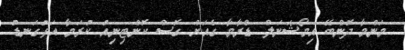
މަންމާ ދޮންބޭ އިމޯޝަނަލް ޑްރާމާ ގެއަށް ގޮސް ކޮންޓިނިއު ކުރަމާ އަޅުގަނޑު